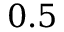
0 . 5